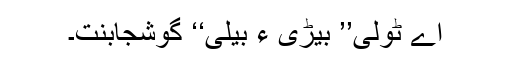
اے ٹولی’’ بیڑی ءِ بیلی‘‘ گُوشجابنت۔